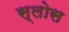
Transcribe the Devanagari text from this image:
स्लोस